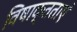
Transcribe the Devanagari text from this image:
विषाक्तताएं